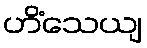
ဟိံသေယျ